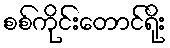
စစ်ကိုင်းတောင်ရိုး